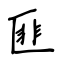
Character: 匪